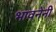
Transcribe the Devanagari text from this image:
भावनेनी